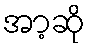
အာ့ဆို